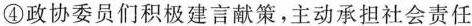
④政协委员们积极建言献策，主动承担社会责任